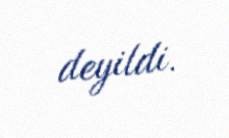
deyildi.